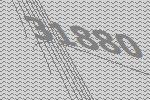
31880